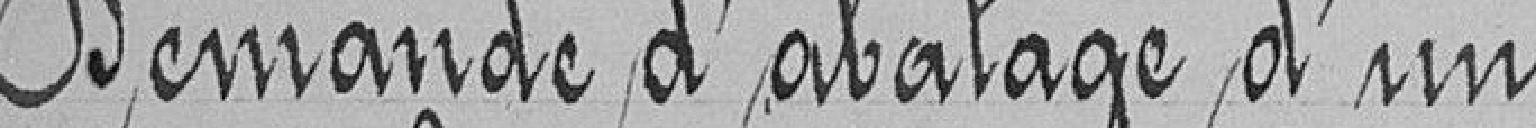
Demande d'abatage d'un